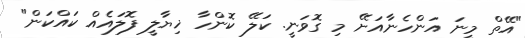
"އޭތް މީނަ އަންހެނާއަށޭ މި ގޮވަނީ. ކަލޭ ކޮންހާ ޚިޔާލީ ފޮލައެއް ކައްކަން"